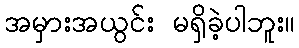
အမှားအယွင်း မရှိခဲ့ပါဘူး။